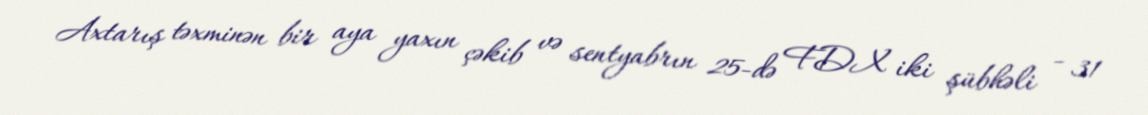
Axtarış təxminən bir aya yaxın çəkib və sentyabrın 25-də FDX iki şübhəli - 31